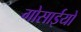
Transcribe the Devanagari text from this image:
गोसाईयों